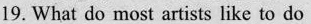
19. What do most artists like to do